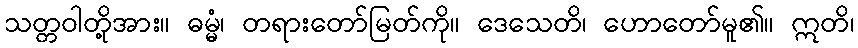
သတ္တဝါတို့အား။ ဓမ္မံ၊ တရားတော်မြတ်ကို။ ဒေသေတိ၊ ဟောတော်မူ၏။ ဣတိ၊